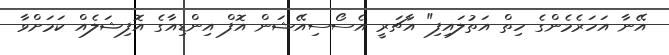
އޭނާ އަހަރެމެންގެ ހިތް އަތުލައިފި" އާޗަރީ އެސޯސިއޭޝަން އޮފް އިންޑިއާގެ އޮފިޝަލެއް ކަމަށްވާ